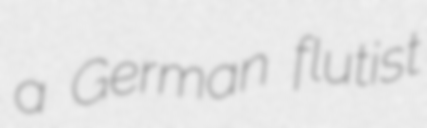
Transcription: a German flutist